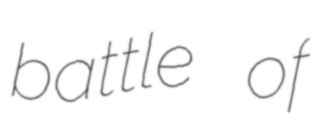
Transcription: battle of